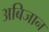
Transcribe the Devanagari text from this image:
अबिजान